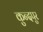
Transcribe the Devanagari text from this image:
कुन्दपुर